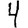
Digit: 4